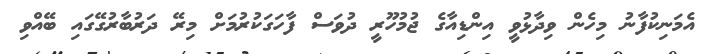
އެމަނިކުފާނު މިހެން ވިދާޅުވީ އިންޑިއާގެ ޖުމުހޫރީ ދުވަސް ފާހަގަކުރުމަށް މިރޭ ދަރުބާރުގޭގައި ބޭއްވި